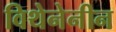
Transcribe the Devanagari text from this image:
विथेनेनीन